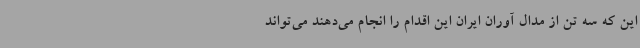
این که سه تن از مدال آوران ایران این اقدام را انجام می‌دهند می‌تواند